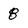
Character: 8